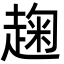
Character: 趜